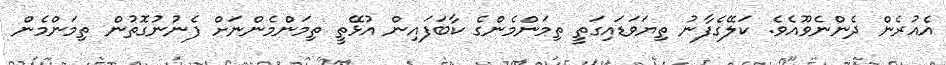
އެއުރެން ދެންނެވޫއެވެ. ކަލޭގެފާނު ތިޔަވަޑައިގަތީ ތިމަންމެންގެ ކާބަފައިން އުޅޭތީ ތިމަންމެންނަށް ފެނުނުގޮތުން ތިމަންމެން